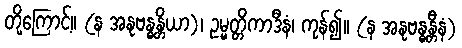
တို့ကြောင့်။ (န အနုဗန္ဓန္တိယာ)၊ ဥမ္မတ္တိကာဒီနံ၊ ကုန်၍။ (န အနုဗန္ဓန္တီနံ)